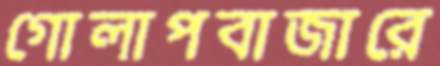
গোলাপবাজারে